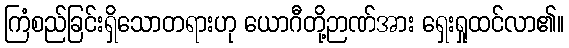
ကြံစည်ခြင်းရှိသောတရားဟု ယောဂီတို့ဉာဏ်အား ရှေးရှုထင်လာ၏။